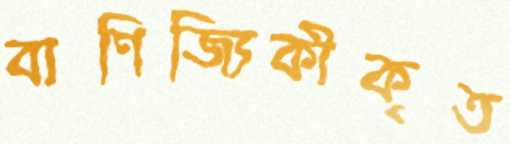
বাণিজ্যিকীকৃত